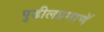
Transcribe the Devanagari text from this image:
पुढीलप्रमाणॅ